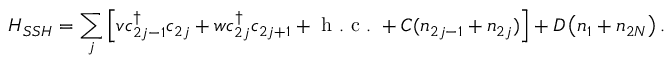
H _ { S S H } = \sum _ { j } \left[ v c _ { 2 j - 1 } ^ { \dag } c _ { 2 j } + w c _ { 2 j } ^ { \dag } c _ { 2 j + 1 } + \mathrm { ~ h ~ . ~ c ~ . ~ } + C ( n _ { 2 j - 1 } + n _ { 2 j } ) \right] + D \left( n _ { 1 } + n _ { 2 N } \right) .